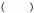
（）